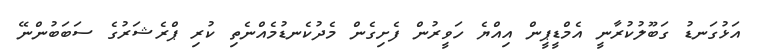
އަޅުގަނޑު ގަބޫލުކުރާނީ އެމްޑީޕީން އިއްޔެ ހަވީރުން ފެށިގެން މެދުކެނޑުމެއްނެތި ކުރި ޕްރެޝަރުގެ ސަބަބުންނޭ